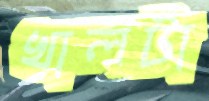
খালটা